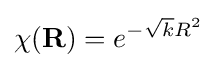
\chi (\mathbf {R} )=e^{-{\sqrt {k}}R^{2}}